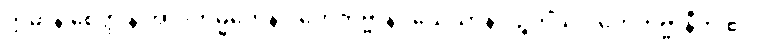
ဣမာနိ စေတ္ထ န အာဒိကမ္မိကေန ဂဟေတဗ္ဗာနိ။ သေသာနိ ပဉ္စတိံသ ဂဟေတဗ္ဗာနီတိ ဧဝံ